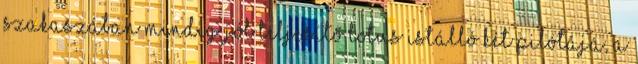
szakaszában mindig jól teljesítő Lotus istálló két pilótája, a